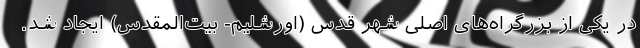
در یکی از بزرگراه‌های اصلی شهر قدس (اورشلیم- بیت‌المقدس) ایجاد شد.